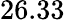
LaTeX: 26.33